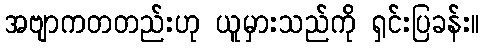
အဗျာကတတည်းဟု ယူမှားသည်ကို ရှင်းပြခန်း။